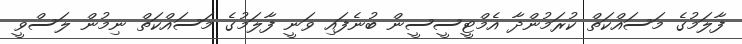
ފާލަމުގެ މަސައްކަތް ކުރަމުންދާ އެމްޓީސީސީން ބުނެފައި ވަނީ ފާލަމުގެ މަސައްކަތް ނިމުން ލަސްވީ